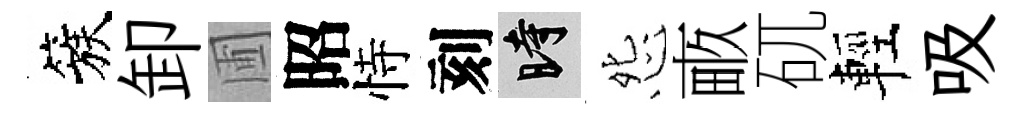
簇卸圃昭恃刻时怨畞矹輕吸